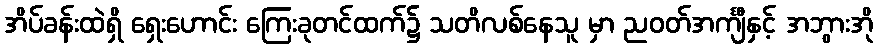
အိပ်ခန်းထဲရှိ ရှေးဟောင်း ကြေးခုတင်ထက်၌ သတိလစ်နေသူ မှာ ညဝတ်အင်္ကျီနှင့် အဘွားအို